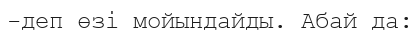
-деп өзі мойындайды. Абай да: